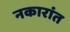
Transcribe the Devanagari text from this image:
नकारांत